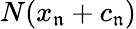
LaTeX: N(x_{\mathfrak{n}}+c_{\mathfrak{n}})